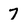
Character: 7